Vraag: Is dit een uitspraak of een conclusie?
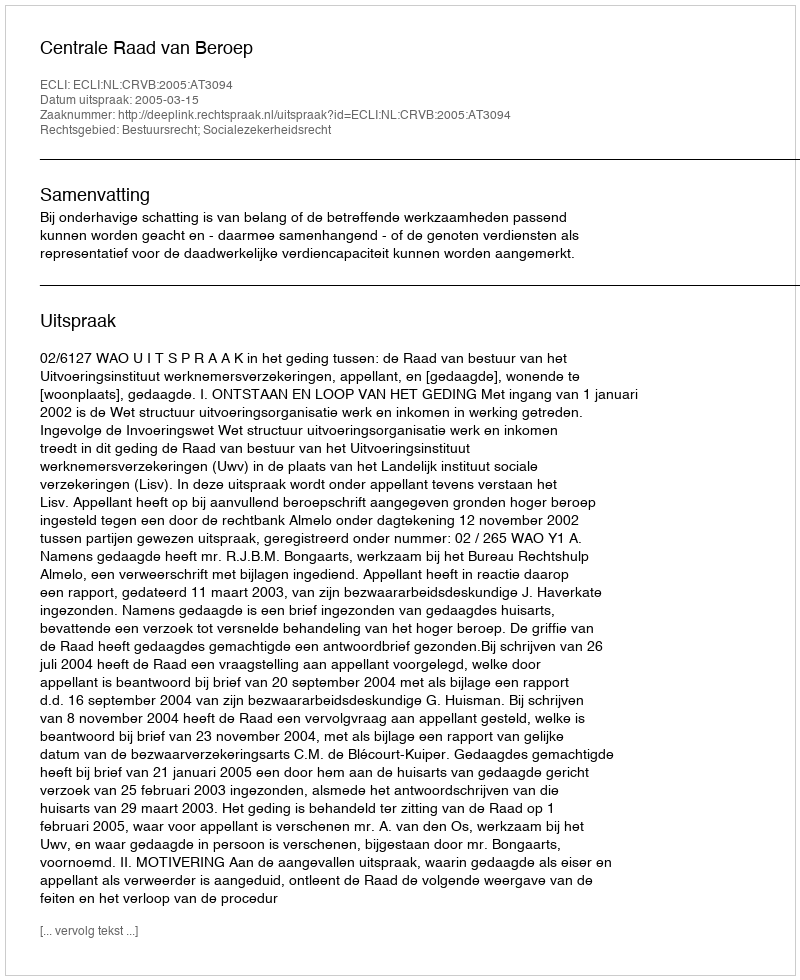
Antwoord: Uitspraak